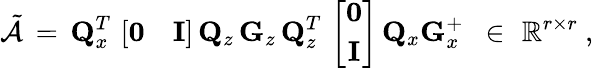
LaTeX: \tilde{\mathcal{A}}\, =\, {\mathbf Q}_{x}^{T}\, \left[\begin{array}{cc}{{\mathbf 0}}&{{\mathbf I}}\end{array}\right]\, {\mathbf Q}_{z}\, {\mathbf G}_{z}\, {\mathbf Q}_{z}^{T}\, \left[\begin{array}{c}{{\mathbf 0}}\\ {{\mathbf I}}\end{array}\right]\, {\mathbf Q}_{x}{\mathbf G}_{x}^{+}\, \, \, \in\, \, \mathbb{R}^{r\times r}\mathrm{~,}